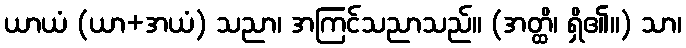
ယာယံ (ယာ+အယံ) သညာ၊ အကြင်သညာသည်။ (အတ္ထိ၊ ရှိ၏။) သာ၊